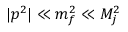
| p ^ { 2 } | \ll m _ { f } ^ { 2 } \ll M _ { j } ^ { 2 }